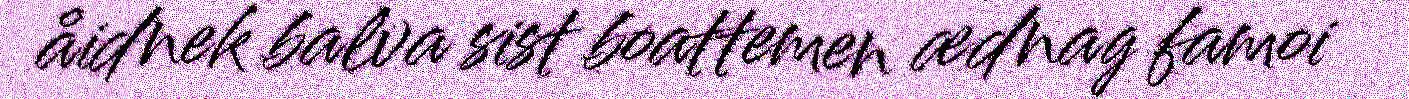
åidnek balva sist boattemen ædnag famoi